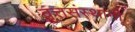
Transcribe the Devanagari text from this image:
वृत्तसंस्थांनी